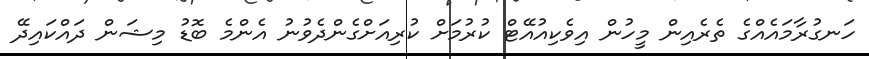
ހަނގުރާމައެއްގެ ތެރެއިން މީހުން އިވެކިއުއޭޓް ކުރުމަށް ކުރިއަށްގެންދެވުނު އެންމެ ބޮޑު މިޝަން ދައްކައިދޭ